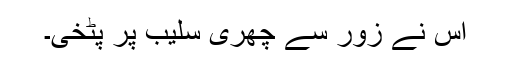
اس نے زور سے چھری سلیب پر پٹخی۔